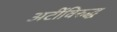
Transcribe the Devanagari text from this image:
अटींविरुद्ध